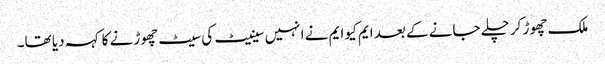
ملک چھوڑ کر چلے جانے کے بعد ایم کیو ایم نے انہیں سینیٹ کی سیٹ چھوڑنے کا کہہ دیا تھا۔